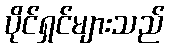
ပိုင်ရှင်များသည်